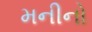
મનીનો